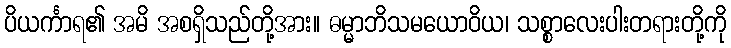
ပိယင်္ကာရ၏ အမိ အစရှိသည်တို့အား။ ဓမ္မာဘိသမယောဝိယ၊ သစ္စာလေးပါးတရားတို့ကို